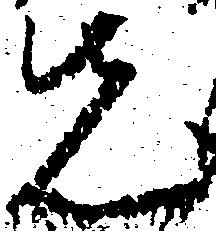
先